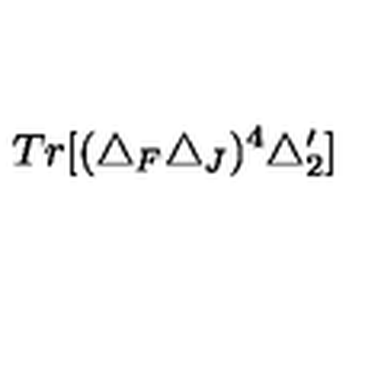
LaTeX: T r [ ( \triangle _ { F } \triangle _ { J } ) ^ { 4 } \triangle _ { 2 } ^ { \prime } ]